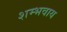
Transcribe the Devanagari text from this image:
शम्भवाय